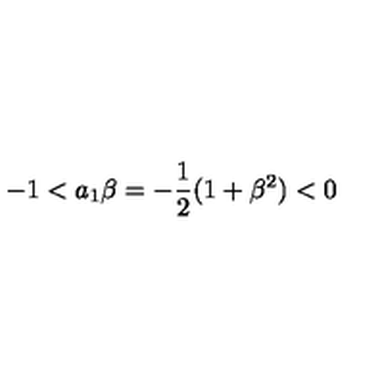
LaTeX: - 1 < a _ { 1 } \beta = - \frac { 1 } { 2 } ( 1 + \beta ^ { 2 } ) < 0